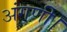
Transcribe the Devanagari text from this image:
अंगणी।